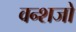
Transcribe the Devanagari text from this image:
वन्शजो